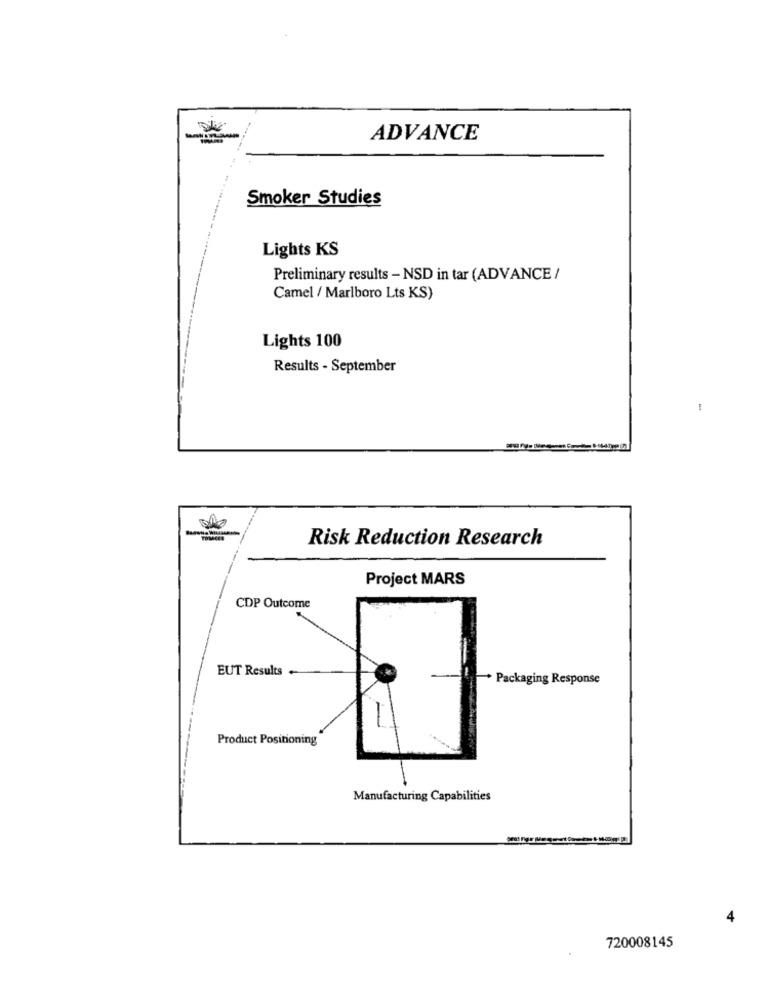
ADVANCE
Smoker Studies
Lights KS
Preliminary results - NSD in tar (ADVANCE /
Camel / Marlboro Lts KS)
Lights 100
Results - September
Risk Reduction Research
Project MARS
CDP Outcome
EUT Results --
Packaging Response
Product Positioning
Manufacturing Capabilities
4
720008145